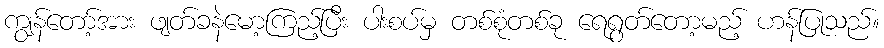
ကျွန်တော့်အား ဖျတ်ခနဲမော့ကြည့်ပြီး ပါးစပ်မှ တစ်စုံတစ်ခု ရေရွတ်တော့မည့် ဟန်ပြုသည်။